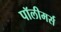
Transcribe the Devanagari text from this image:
पॉलीमर्स